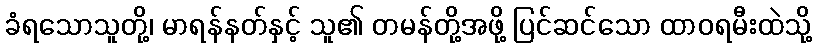
ခံရသောသူတို့၊ မာရန်နတ်နှင့် သူ၏ တမန်တို့အဖို့ ပြင်ဆင်သော ထာဝရမီးထဲသို့